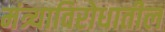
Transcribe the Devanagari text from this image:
मंत्र्याविरोधातील